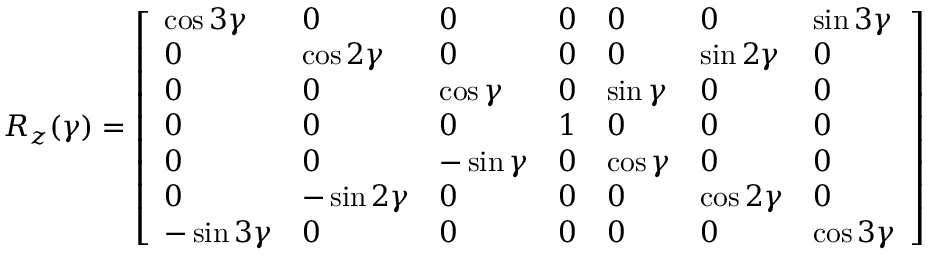
R _ { z } ( \gamma ) = \left[ \begin{array} { l l l l l l l } { \cos 3 \gamma } & { 0 } & { 0 } & { 0 } & { 0 } & { 0 } & { \sin 3 \gamma } \\ { 0 } & { \cos 2 \gamma } & { 0 } & { 0 } & { 0 } & { \sin 2 \gamma } & { 0 } \\ { 0 } & { 0 } & { \cos \gamma } & { 0 } & { \sin \gamma } & { 0 } & { 0 } \\ { 0 } & { 0 } & { 0 } & { 1 } & { 0 } & { 0 } & { 0 } \\ { 0 } & { 0 } & { - \sin \gamma } & { 0 } & { \cos \gamma } & { 0 } & { 0 } \\ { 0 } & { - \sin 2 \gamma } & { 0 } & { 0 } & { 0 } & { \cos 2 \gamma } & { 0 } \\ { - \sin 3 \gamma } & { 0 } & { 0 } & { 0 } & { 0 } & { 0 } & { \cos 3 \gamma } \end{array} \right]